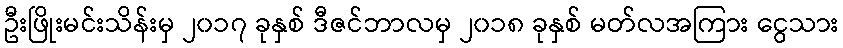
ဦးဖြိုးမင်းသိန်းမှ ၂၀၁၇ ခုနှစ် ဒီဇင်ဘာလမှ ၂၀၁၈ ခုနှစ် မတ်လအကြား ငွေသား